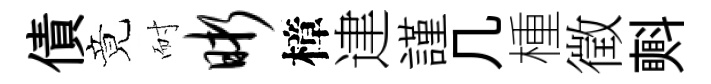
債竟耐晰樟䢖謹几㮔徵㪺